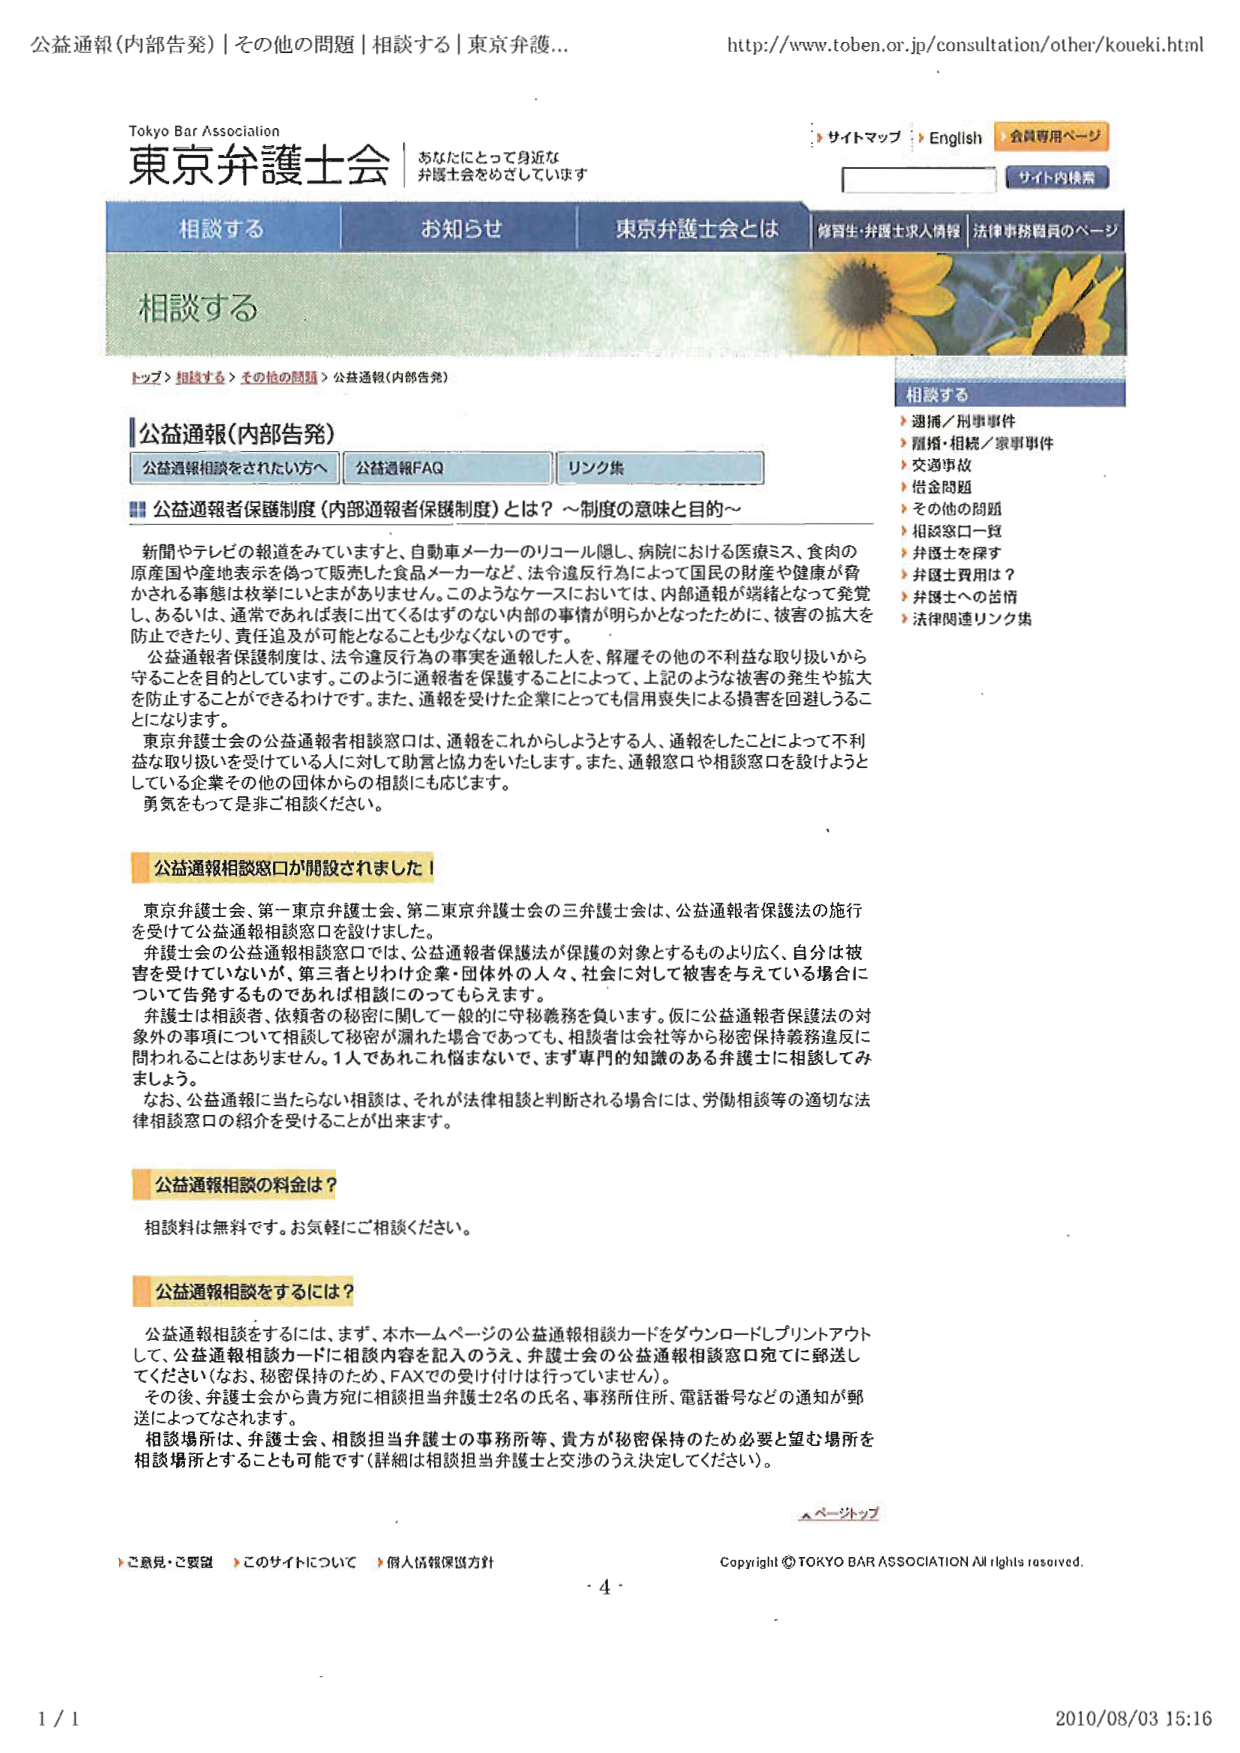
公益通報（内部告発）｜その他の問題｜相談する｜東京弁護...
http://www.toben.or.jp/consultation/other/koueki.html

Tokyo Bar Association
東京弁護士会
あなたにとって身近な
弁護士会をめざしています

サイトマップ
English
会員専用ページ
サイト内検索

相談する
お知らせ
東京弁護士会とは
修習生・弁護士求人情報｜法律事務員のページ

相談する

トップ > 相談する > その他の問題 > 公益通報（内部告発）

相談する
▶ 選挙／刑事事件
▶ 離婚・相続／家事事件
▶ 交通事故
▶ 借金問題
▶ その他の問題
▶ 相談窓口一覧
▶ 弁護士を探す
▶ 弁護士費用は？
▶ 弁護士への苦情
▶ 法律関連リンク集

公益通報（内部告発）
公益通報相談をされた方へ
公益通報FAQ
リンク集

■ 公益通報者保護制度（内部通報者保護制度）とは？～制度の意味と目的～

新聞やテレビの報道をみていても、自動車メーカーのリコール隠し、病院における医療ミス、食肉の原産国や産地表示を偽って販売した食品メーカーなど、法令違反行為によって国民の財産や健康が脅かされる事態は枚挙にいとまがありません。このようなケースにおいては、内部通報が端緒となって発覚し、あるいは、通常であれば表に出ているはずのない内部の事情が明らかとなったために、被害の拡大を防止できたり、責任追及が可能となることも少なくないのです。

公益通報者保護制度は、法令違反行為の事実を通報した人を、解雇その他の不利益な取り扱いから守ることを目的としています。このように通報者を保護することによって、上記のような被害の発生や拡大を防止することができるわけです。また、通報を受けた企業にとっても信用喪失による損害を回避しうることになります。

東京弁護士会の公益通報者相談窓口は、通報をこれからしようとする人、通報をしたことによって不利益な取り扱いを受けている人に対して助言と協力をいたします。また、通報窓口や相談窓口を設けようとしている企業その他の団体からの相談にも応じます。
勇気をもって是非ご相談ください。

公益通報相談窓口が開設されました！

東京弁護士会、第一東京弁護士会、第二東京弁護士会の三弁護士会は、公益通報者保護法の施行を受けて公益通報相談窓口を設けました。

弁護士会の公益通報相談窓口では、公益通報者保護法が保護の対象とするものより広く、自分は被害を受けていないが、第三者とりわけ企業・団体外の人々、社会に対して被害を与えている場合についても告発するものであれば相談にのってもらえます。

弁護士は相談者、依頼者の秘密に関して一般的に守秘義務を負います。仮に公益通報者保護法の対象外の事項について相談して秘密が漏れた場合であっても、相談者は会社等から秘密保持義務違反に問われることはありません。1人であれこれ悩まないで、まず専門的知識のある弁護士に相談してみましょう。

なお、公益通報に当たらない相談は、それが法律相談と判断される場合には、労働相談等の適切な法律相談窓口の紹介を受けることが出来ます。

公益通報相談の料金は？

相談料は無料です。お気軽にご相談ください。

公益通報相談をするには？

公益通報相談をするには、まず、本ホームページの公益通報相談カードをダウンロードしプリントアウトして、公益通報相談カードに相談内容を記入のうえ、弁護士会の公益通報相談窓口宛てに郵送してください（なお、秘密保持のため、FAXでの受け付けはしていません）。

その後、弁護士会から貴方宛に相談担当弁護士2名の氏名、事務所住所、電話番号などの通知が郵送によってなされます。

相談場所は、弁護士会、相談担当弁護士の事務所等、貴方が秘密保持のため必要と望む場所を相談場所とすることも可能です（詳細は相談担当弁護士と交渉のうえ決定してください）。

▲ページトップ

ご意見・ご要望
このサイトについて
個人情報保護方針

Copyright © TOKYO BAR ASSOCIATION All rights reserved.

- 4 -

1 / 1
2010/08/03 15:16